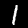
Label: 1